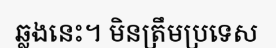
ឆ្លងនេះ។ មិនត្រឹមប្រទេស